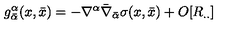
g _ { { \bar { \alpha } } } ^ { \alpha } ( x , { \bar { x } } ) = - \nabla ^ { \alpha } { \bar { \nabla } } _ { \bar { \alpha } } \sigma ( x , { \bar { x } } ) + O [ R _ { . . } ]